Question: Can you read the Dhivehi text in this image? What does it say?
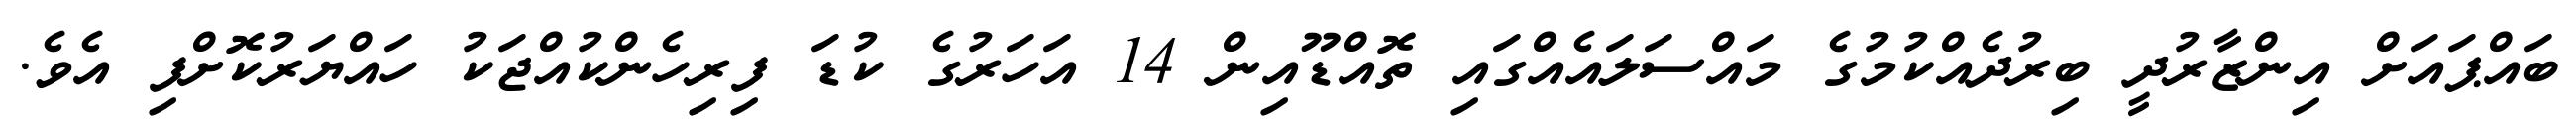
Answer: ބައްޕައަށް އިންޒާރުދީ ބިރުދެއްކުމުގެ މައްސަލައެއްގައި ތޮއްޑޫއިން 14 އަހަރުގެ ކުޑަ ފިރިހެންކުއްޖަކު ހައްޔަރުކޮށްފި އެވެ.